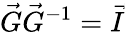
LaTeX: \vec{G}\vec{G}^{-1}=\vec{I}